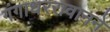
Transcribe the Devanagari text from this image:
गंगाधररावानने